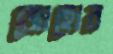
জোহোর